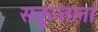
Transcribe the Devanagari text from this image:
सकुन्तला